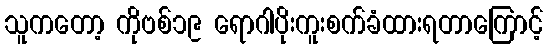
သူကတော့ ကိုဗစ်၁၉ ရောဂါပိုးကူးစက်ခံထားရတာကြောင့်